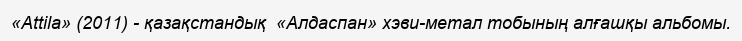
«Attila» (2011) - қазақстандық  «Алдаспан» хэви-метал тобының алғашқы альбомы.